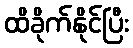
ထိခိုက်နိုင်ပြီး